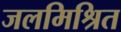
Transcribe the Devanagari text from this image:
जलमिश्रित